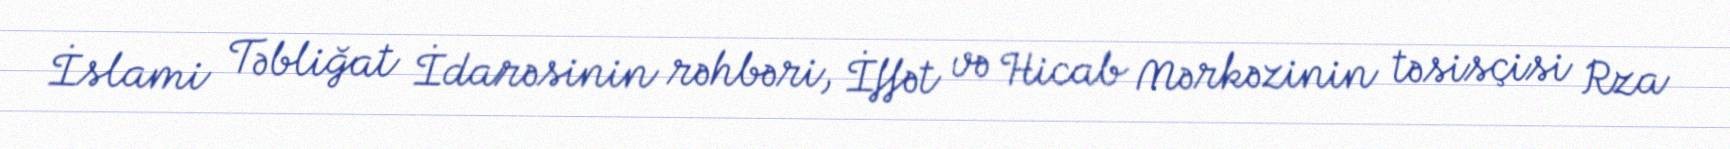
İslami Təbliğat İdarəsinin rəhbəri, İffət və Hicab Mərkəzinin təsisçisi Rza